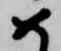
め